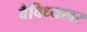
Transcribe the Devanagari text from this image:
वैविध्यावर